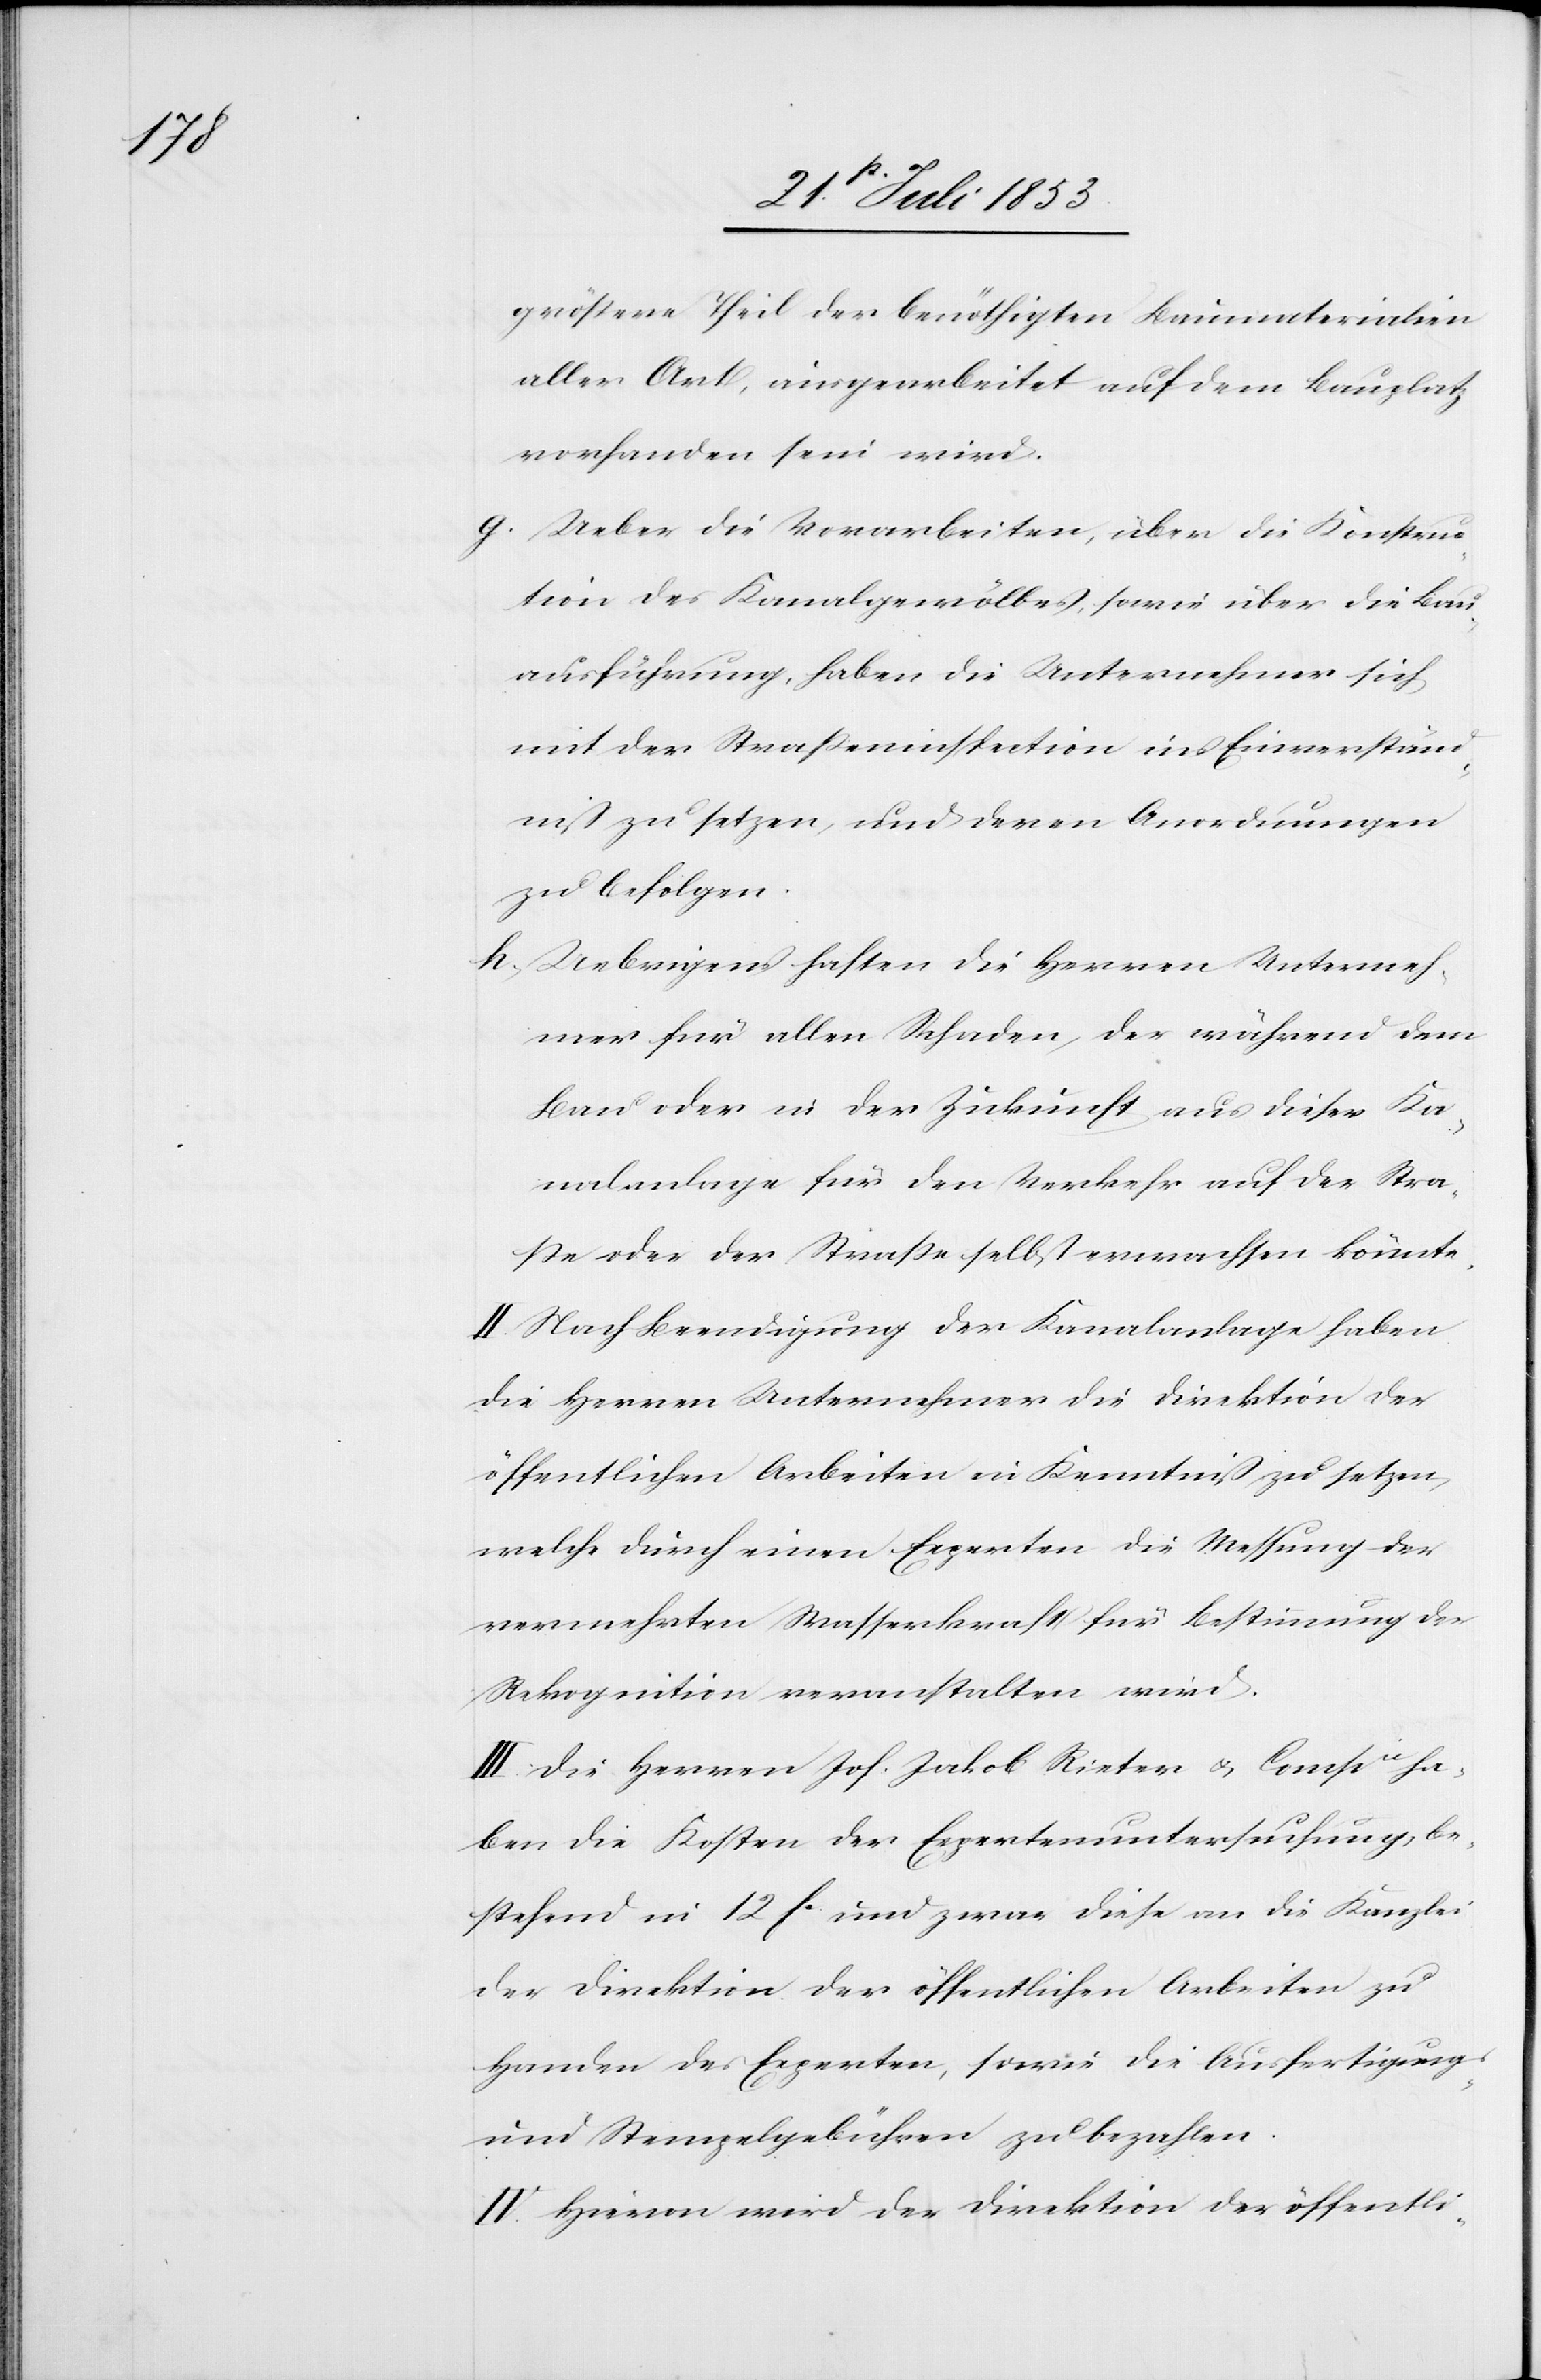
größere Theil der benöthigten Baumaterialien
aller Art, ausgearbeitet auf dem Bauplatz
vorhanden sein wird.
g, Ueber die Vorarbeiten, über die Konstruc¬
tion des Kanalgewölbes, sowie über die Bau¬
ausführung, haben die Unternehmer sich
mit der Straßeninspection ins Einverständ¬
niß zu setzen, und deren Anordnungen
zu befolgen.
h, Uebrigens haften die Herren Unterneh¬
mer für allen Schaden, der während dem
Bau oder in der Zukunft aus dieser Ka¬
nalanlage für den Verkehr auf der Stra¬
ße oder der Straße selbst erwachsen könnte.
II. Nach Beendigung der Kanalanlage haben
die Herren Unternehmer die Direktion der
öffentlichen Arbeiten in Kenntniß zu setzen,
welche durch einen Experten die Messung der
vermehrten Wasserkraft für Bestimmung der
Rekognition veranstalten wird.
III. Die Herren Joh. Jakob Rieter u. Compie ha¬
ben die Kosten der Expertenuntersuchung, be¬
stehend in 12 fc und zwar diese an die Kanzlei
der Direktion der öffentlichen Arbeiten zu
Handen der Experten, sowie die Ausfertigungs-
u. Stempelgebühren zu bezahlen.
IV. Hievon wird der Direktion der öffentli-